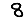
Digit: 8